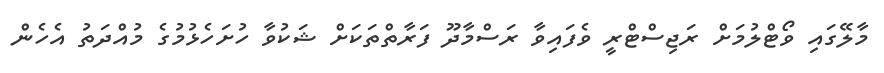
މާލޭގައި ވޯޓްލުމަށް ރަޖިސްޓްރީ ވެފައިވާ ރަސްމާދޫ ފަރާތްތަކަށް ޝަކުވާ ހުށަހެޅުމުގެ މުއްދަތު އެހެން